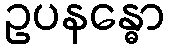
ဥပနန္ဓော